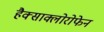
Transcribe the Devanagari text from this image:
हैक्साक्लोरोफेन